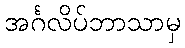
အင်္ဂလိပ်ဘာသာမှ